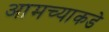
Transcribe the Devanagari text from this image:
आमच्‍याकडे